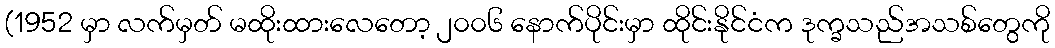
(1952 မှာ လက်မှတ် မထိုးထားလေတော့ ၂၀၀၆ နောက်ပိုင်းမှာ ထိုင်းနိုင်ငံက ဒုက္ခသည်အသစ်တွေကို